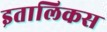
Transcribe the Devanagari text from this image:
इतालिकस